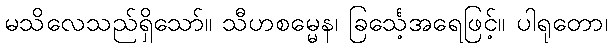
မသိလေသည်ရှိသော်။ သီဟစမ္မေန၊ ခြင်္သေ့အရေဖြင့်။ ပါရုတော၊